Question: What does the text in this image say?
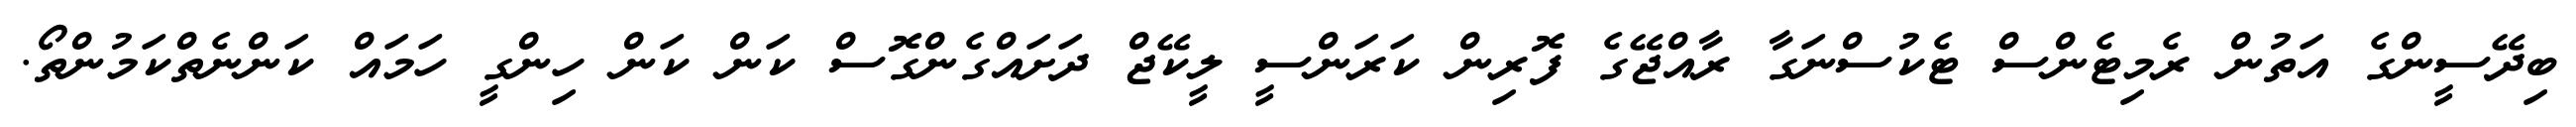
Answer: ބިދޭސީންގެ އަތުން ރެމިޓެންސް ޓެކުސްނަގާ ރާއްޖޭގެ ފޮރިން ކަރަންސީ ލީކޭޖް ދަށައްގެންގޮސް ކަން ކަން ހިންގީ ހަމައް ކަންނެތްކަމުންތޯ.